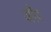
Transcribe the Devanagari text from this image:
औंर